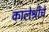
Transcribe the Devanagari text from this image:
कालेश्रीचे